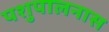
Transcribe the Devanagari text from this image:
पशुपालनास